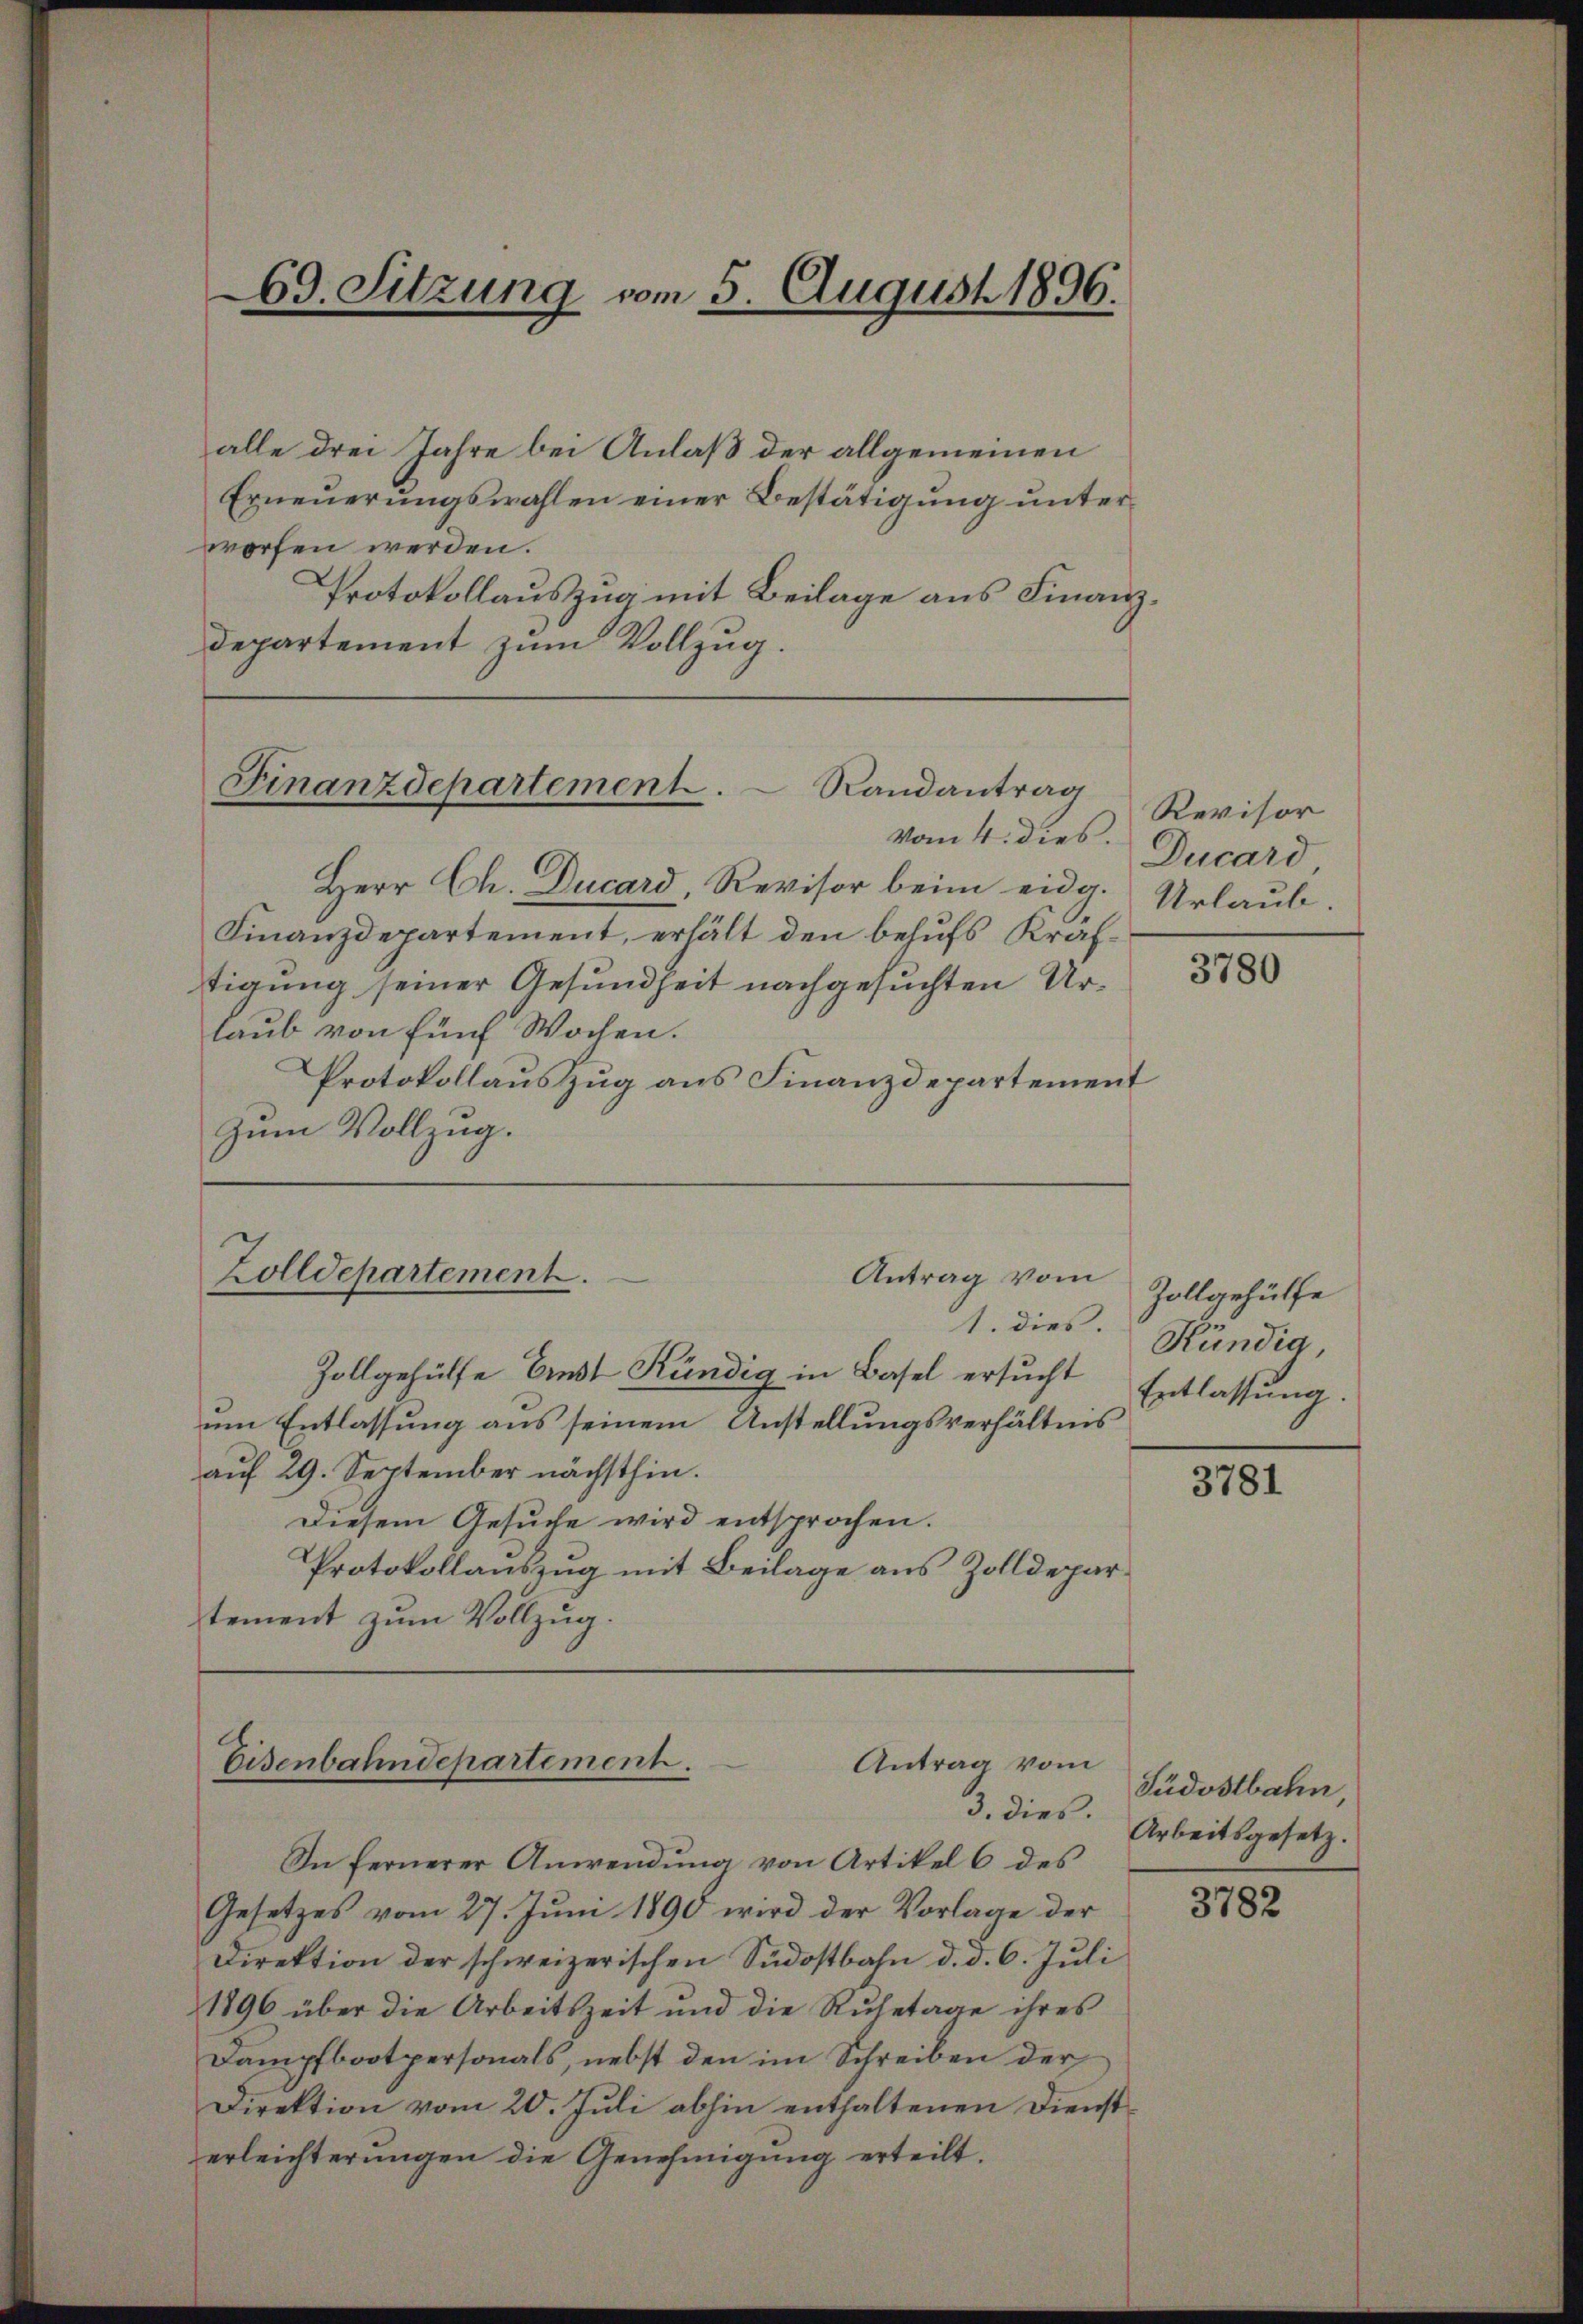
69. Sitzung vom 5. August 1896.

alle drei Jahre bei Anlaß der allgemeinen
Erneŭerŭngswahlen einer Bestätigŭng ŭnter-
worfen werden.
Protokollauszug mit Beilage aus Finanzdepartement zum Vollzug.

Finanzdepartement.  Randantrag

vom 4. dies.
Herr Ch. Ducard Revisor beim eidg.
Finanzdepartement, erhält den behufs Kraftigung seiner Gesundheit nachgesuchten Urlaub von fünf Wochen.
Protokollauszug aus Finanzdepartement
Zum Vollzug.

Zolldepartement.
Antrag vom

Zollgehülfe Ernst Kündig in Basel ersucht
um Entlassung aus seinem Anstellungsverhältnis
auf 29. September nächsthin.
Diesem Gesuche wird entsprochen.
Protokollauszug mit Beilage aus Zolldepartement zum Vollzug.

Eisenbahndepartement.
Antrag vom

3. dies
In fernerer Anwendŭng von Artikel 6 des
Gesetzes vom 27. Jŭni 1890 wird der Vorlage der
Direktion der schweizerischen Südostbahn d. d. 6. Juli
1896 über die Arbeitszeit und die Ruhetage ihres
Dampfbootpersonals, nebst den im Schreiben der
Direktion vom 20. Juli abhin enthaltenen Diensterleichterungen die Genehmigung erteilt.

Revisor
Ducard
Urlaub.

3780

Zollgehülfe
1. dies. Händig,
Entlassung.

3781

Südostbahn
Arbeitsgesetz.

3782